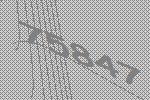
75847